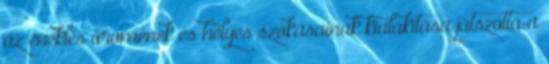
az éneklés örömének és helyes szokásainak kialakítása játszotta a